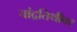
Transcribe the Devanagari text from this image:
चांद्रतिथीवर